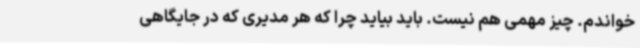
خواندم. چیز مهمی هم نیست. باید بیاید چرا که هر مدیری که در جایگاهی